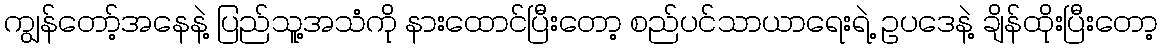
ကျွန်တော့်အနေနဲ့ ပြည်သူ့အသံကို နားထောင်ပြီးတော့ စည်ပင်သာယာရေးရဲ့ ဥပဒေနဲ့ ချိန်ထိုးပြီးတော့